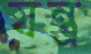
যন্ত্র